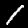
Label: 1